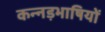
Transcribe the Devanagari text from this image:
कन्नड़भाषियों